Indian journal of veterinary science and animal husbandry - Volumes 18-21, 1948-1951
Year: 1948
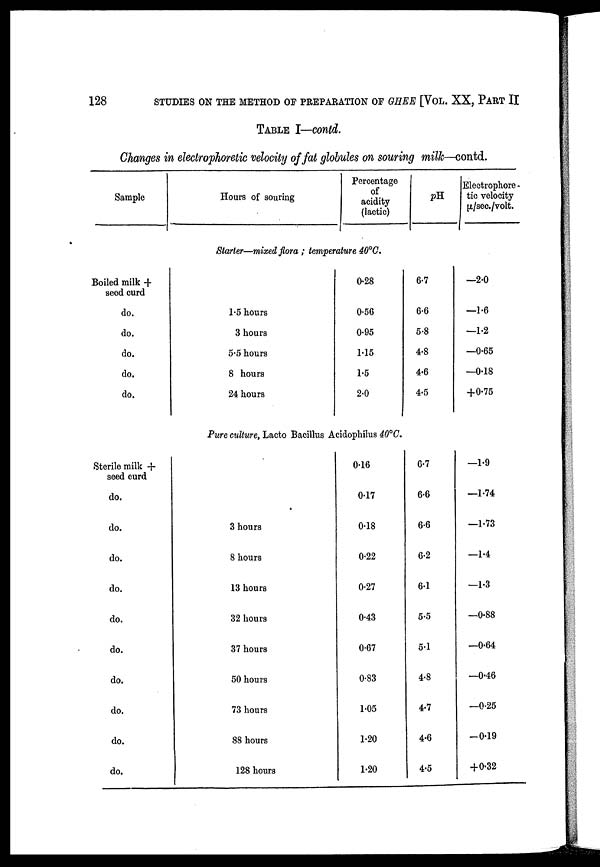
128
STUDIES ON THE METHOD OF PREPARATION OF GHEE [VOL. XX, PART II
TABLE I—contd.
Changes in electrophoretic velocity of fat globules on souring milk—contd.
Sample
Boiled milk +
seed curd
do.
do.
do.
do.
do.
Sterile milk +
seed curd
do.
do.
do.
do.
do.
do.
do.
do.
do.
do.
Hours of souring
Percentage
of
acidity
(lactic)
Starter—mixed flora ; temperature 40°C.
1.5 hours
3 hours
5.5 hours
8 hours
24 hours
0.28
0.56
0.95
1.15
1.5
2.0
Pure culture, Lacto Bacillus Acidophilus 40°C.
3 hours
8 hours
13 hours
32 hours
37 hours
50 hours
73 hours
88 hours
128 hours
0.16
0.17
0.18
0.22
0.27
0.43
0.67
0.83
1.05
1.20
1.20
pH
6.7
6.6
5.8
4.8
4.6
4.5
6.7
6.6
6.6
6.2
6.1
5.5
5.1
4.8
4.7
4.6
4.5
Electrophore-
tic velocity
µ/sec/volt.
—2.0
—1.6
—1.2
—0.65
—0.18
+0.75
—1.9
—1.74
—1.73
—1.4
—1.3
—0.88
—0.64
—0.46
—0.25
—0.19
+0.32